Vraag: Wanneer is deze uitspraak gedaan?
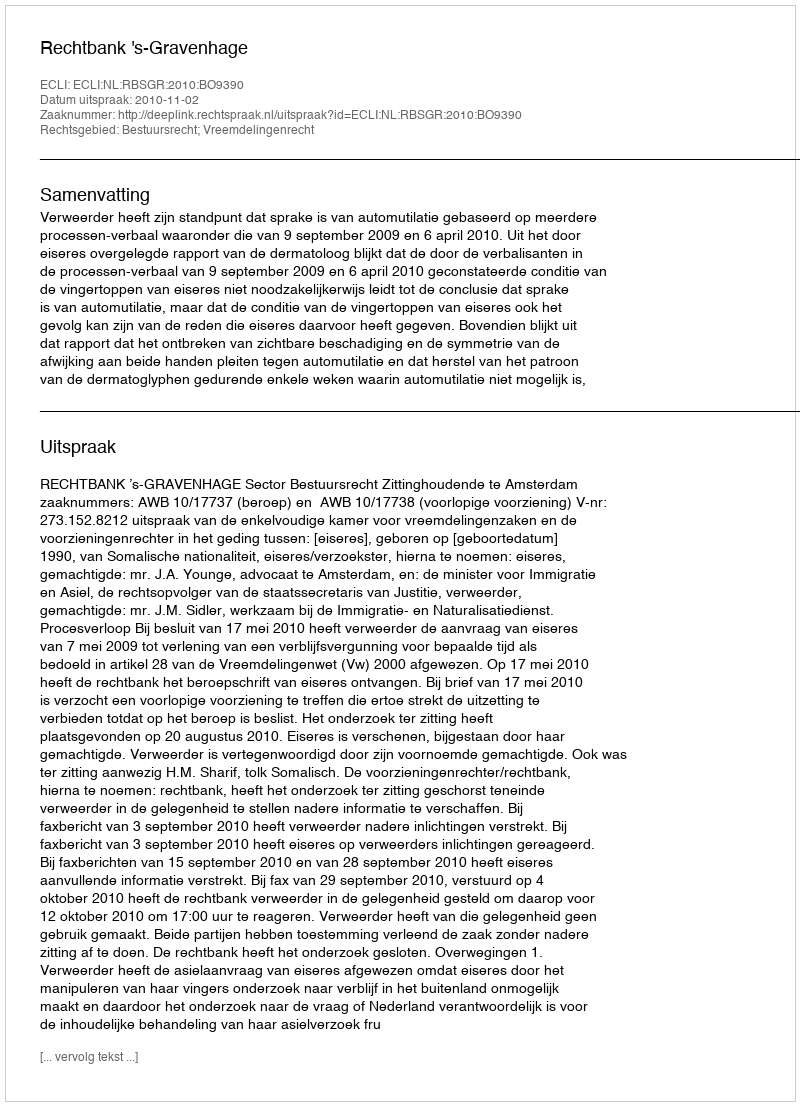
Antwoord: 2010-11-02